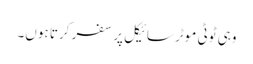
وہی ٹوٹی موٹر سائیکل پر سفر کرتا ہوں۔